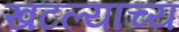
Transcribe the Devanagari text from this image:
खटल्याच्य